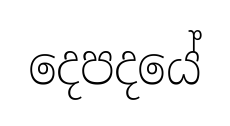
දෙපදයේ